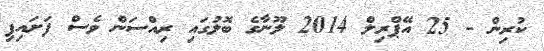
ކުރިން - 25 އޭޕްރިލް 2014 ލޫނާގެ ބޮލުގައި ރިއްސަން ވެސް ފަށައިފި